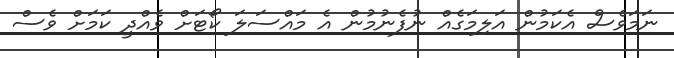
ނަމަވެސް އެކަމުން އަލިމަގެއް ނުފެނުމުން އެ މައްސަލަ ކޯޓަށް ވެއްދީ ކަމަށް ވެސް